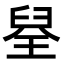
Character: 𮍪